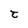
Character: t